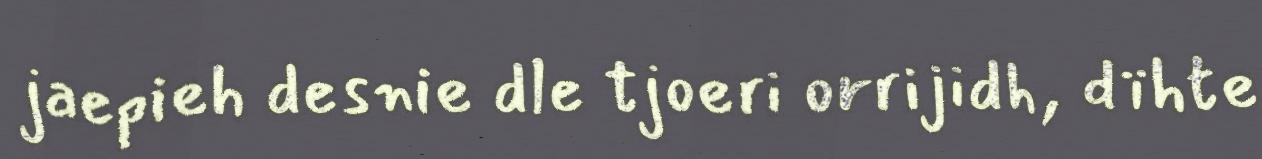
jaepieh desnie dle tjoeri orrijidh, dïhte